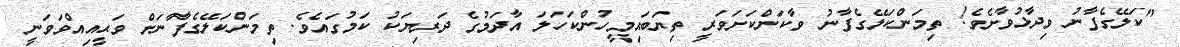
"ކަލޭގެފާނު ވިދާޅުވާށެވެ! ތިމަންކަލޭގެފާނު ވާކަންކަށަވަރީ ތިޔަބައިމީހުންކަހަލަ އާދަމުގެ ދަރިޔަކު ކަމުގައެވެ. ތިމަންކަލޭގެފާނަށް ވަޙީއިއްވަވަނީ